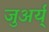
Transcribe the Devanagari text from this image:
जुअर्य्